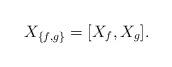
LaTeX: \begin{align*}X_{\{f,g\}} = [X_f, X_g].\end{align*}